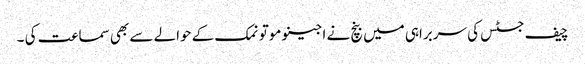
چیف جسٹس کی سربراہی میں بنچ نے اجینو موتو نمک کے حوالے سے بھی سماعت کی ۔